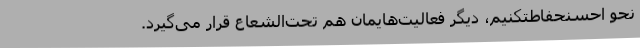
نحو احسنحفاطتکنیم، دیگر فعالیت‌هایمان هم تحت‌الشعاع قرار می‌گیرد.